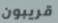
قريبون